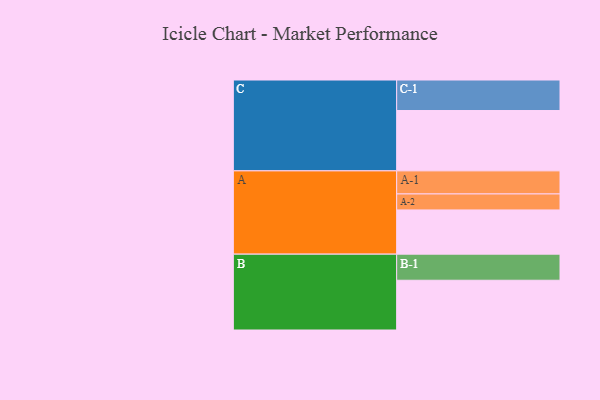
{"axis": {"x": "Segment", "y": "Value"}, "legend": ["", "A", "B", "C"], "data": [{"x": "A", "y": 368, "type": ""}, {"x": "B", "y": 414, "type": ""}, {"x": "C", "y": 502, "type": ""}, {"x": "A-1", "y": 192, "type": "A"}, {"x": "A-2", "y": 133, "type": "A"}, {"x": "B-1", "y": 217, "type": "B"}, {"x": "C-1", "y": 254, "type": "C"}]}